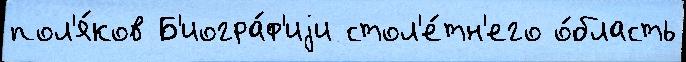
пол'я́ков Б'иогра́ф'иjи стол'е́тн'его о́бласть